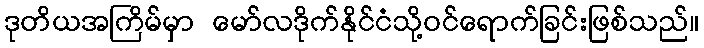
ဒုတိယအကြိမ်မှာ မော်လဒိုက်နိုင်ငံသို့ဝင်ရောက်ခြင်းဖြစ်သည်။